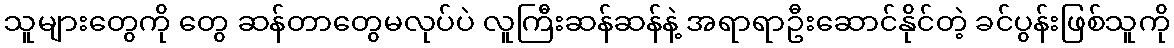
သူများတွေကို တွေ ဆန်တာတွေမလုပ်ပဲ လူကြီးဆန်ဆန်နဲ့ အရာရာဦးဆောင်နိုင်တဲ့ ခင်ပွန်းဖြစ်သူကို